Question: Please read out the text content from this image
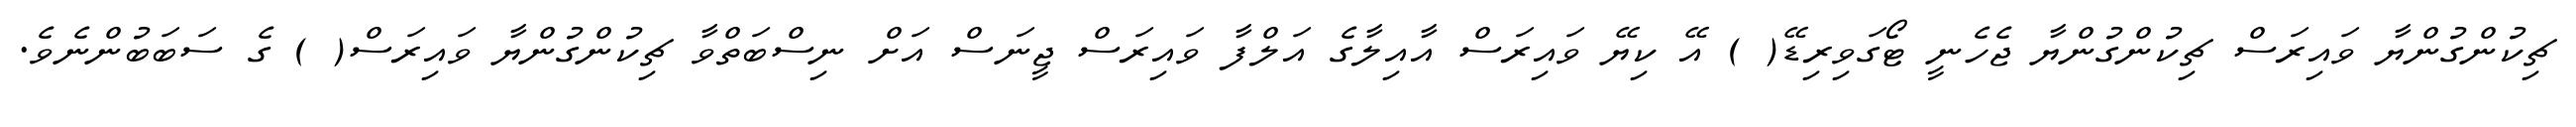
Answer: ޗިކުންގުންޔާ ވައިރަސް ޗިކުންގުންޔާ ޖެހެނީ ޓޯގަވިރިޑޭ( ) އޭ ކިޔޭ ވައިރަސް އާއިލާގެ އަލްފާ ވައިރަސް ޖީނަސް އަށް ނިސްބަތްވާ ޗިކުންގުންޔާ ވައިރަސް( ) ގެ ސަބަބުންނެވެ.